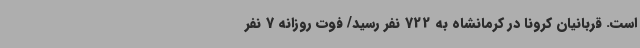
است. قربانیان کرونا در کرمانشاه به 722 نفر رسید/ فوت روزانه 7 نفر